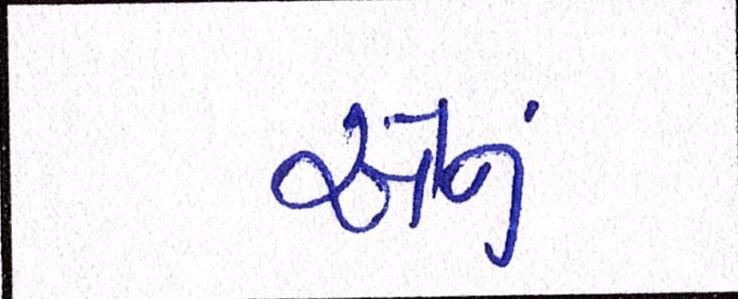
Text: એનું